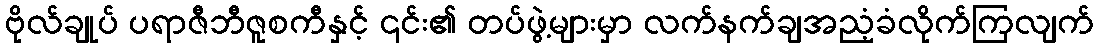
ဗိုလ်ချုပ် ပရာဇီဘီဇူစကီနှင့် ၎င်း၏ တပ်ဖွဲ့များမှာ လက်နက်ချအညံ့ခံလိုက်ကြလျက်